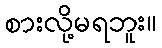
စားလို့မရဘူး။